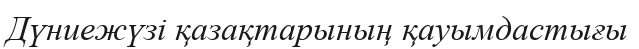
Дүниежүзі қазақтарының қауымдастығы